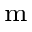
_ \textrm { m }